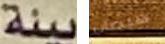
بيئة سيصاب